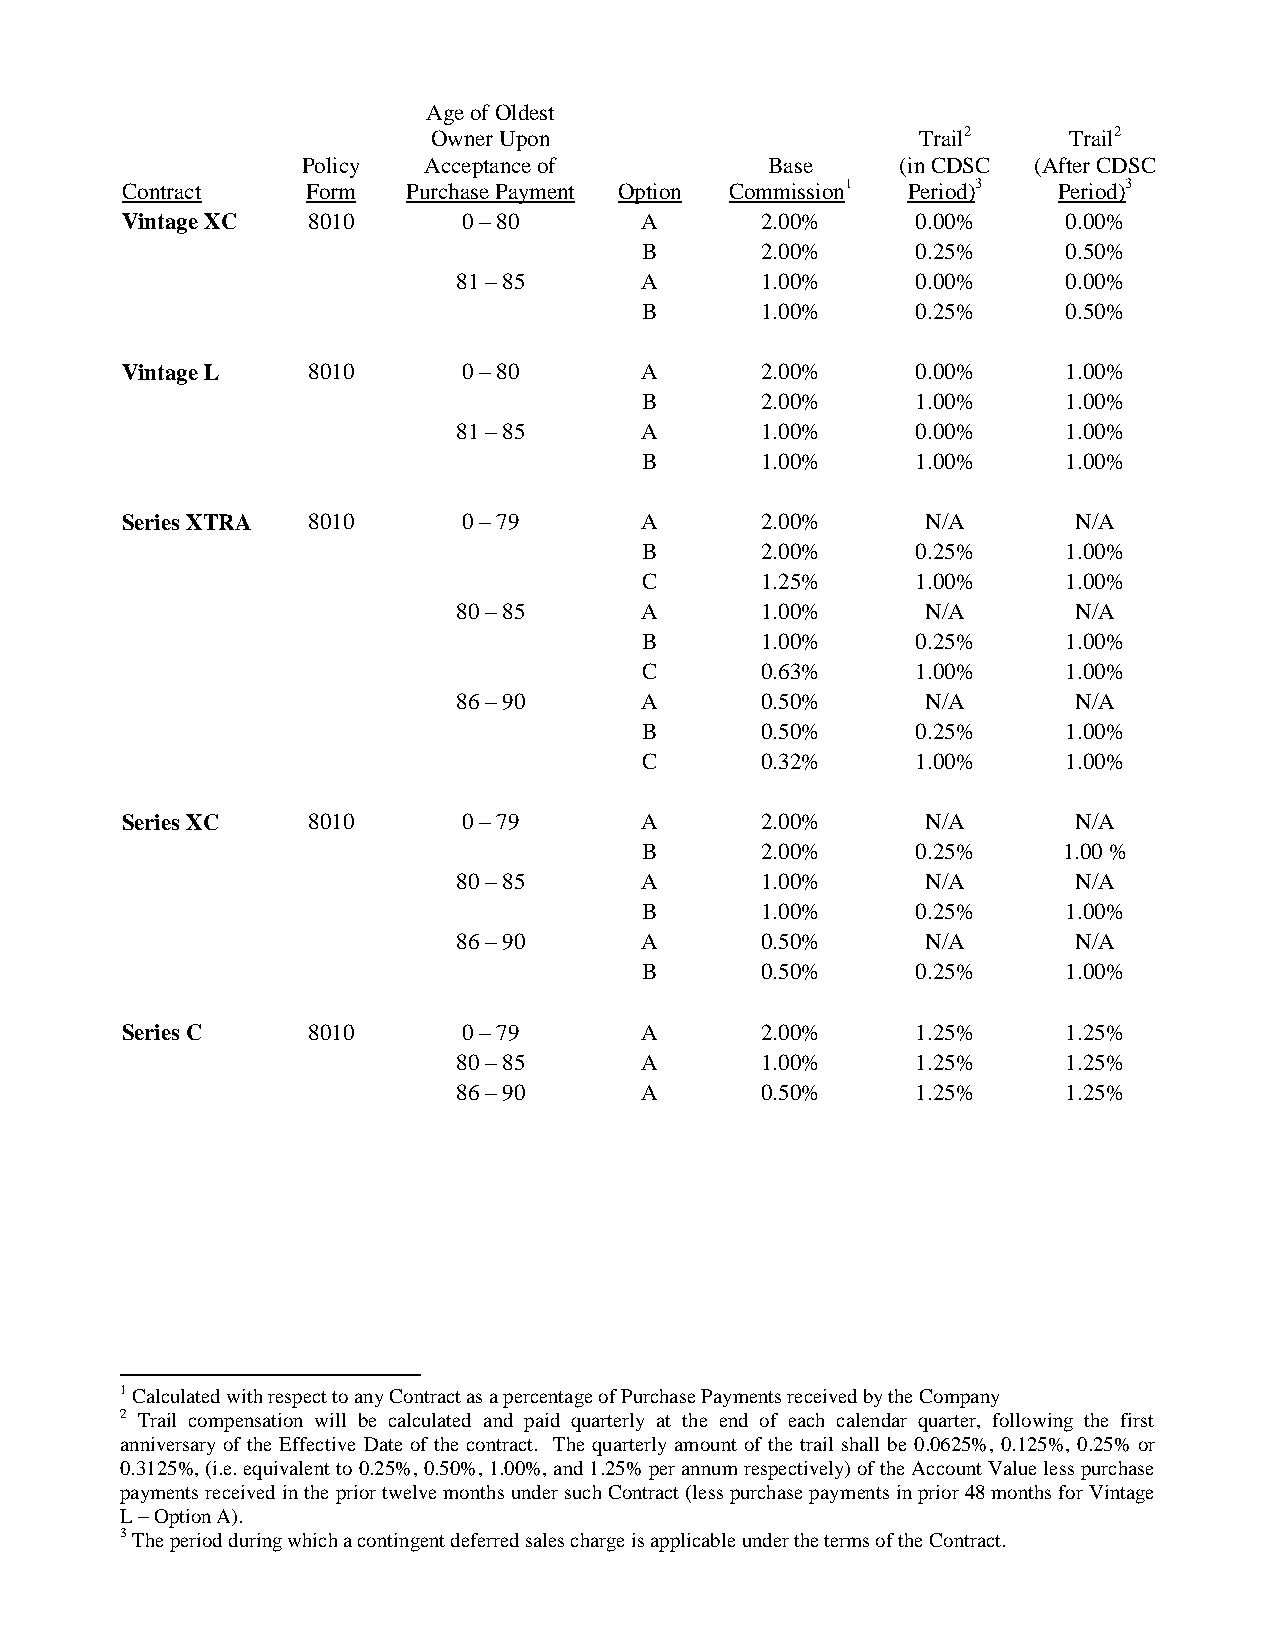
Age of Oldest
 Owner Upon                      Trail2    Trail2
 Policy  Acceptance of          Base     (in CDSC (After CDSC
 Contract    Form   Purchase Payment Option Commission1 Period)3 Period)3
 Vintage XC  8010       0 – 80     A       2.00%      0.00%     0.00%
 B      2.00%      0.25%     0.50%
 81 – 85     A       1.00%      0.00%     0.00%
 B      1.00%      0.25%     0.50%
 Vintage L   8010       0 – 80     A       2.00%      0.00%     1.00%
 B      2.00%      1.00%     1.00%
 81 – 85     A       1.00%      0.00%     1.00%
 B      1.00%      1.00%     1.00%
 Series XTRA 8010       0 – 79     A       2.00%      N/A       N/A
 B      2.00%      0.25%     1.00%
 C      1.25%      1.00%     1.00%
 80 – 85     A       1.00%      N/A       N/A
 B      1.00%      0.25%     1.00%
 C      0.63%      1.00%     1.00%
 86 – 90     A       0.50%      N/A       N/A
 B      0.50%      0.25%     1.00%
 C      0.32%      1.00%     1.00%
 Series XC   8010       0 – 79     A       2.00%      N/A       N/A
 B      2.00%      0.25%    1.00 %
 80 – 85     A       1.00%      N/A       N/A
 B      1.00%      0.25%     1.00%
 86 – 90     A       0.50%      N/A       N/A
 B      0.50%      0.25%     1.00%
 Series C    8010       0 – 79     A       2.00%      1.25%     1.25%
 80 – 85     A       1.00%      1.25%     1.25%
 86 – 90     A       0.50%      1.25%     1.25%
 1 Calculated with respect to any Contract as a percentage of Purchase Payments received by the Company
 2 Trail compensation will be calculated and paid quarterly at the end of each calendar quarter, following the first
 anniversary of the Effective Date of the contract. The quarterly amount of the trail shall be 0.0625%, 0.125%, 0.25% or
 0.3125%, (i.e. equivalent to 0.25%, 0.50%, 1.00%, and 1.25% per annum respectively) of the Account Value less purchase
 payments received in the prior twelve months under such Contract (less purchase payments in prior 48 months for Vintage
 L – Option A).
 3 The period during which a contingent deferred sales charge is applicable under the terms of the Contract.